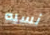
نسبه